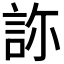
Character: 𧧂